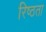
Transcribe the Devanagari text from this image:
रिष्ठता